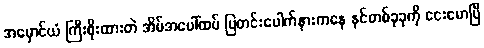
အမှောင်ယံ ကြီးစိုးထားတဲ အိမ်အပေါ်ထပ် ပြတင်းပေါက်နားကနေ နင်တစ်ခုခုကို ငေးမောပြီ